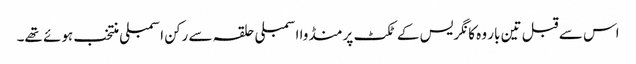
اس سے قبل تین بار وہ کانگریس کے ٹکٹ پر منڈوا اسمبلی حلقہ سے رکن اسمبلی منتخب ہوئے تھے۔